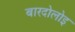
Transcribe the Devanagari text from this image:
बारदोलोइ